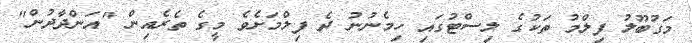
މަގުބޫލު ފިލްމު ތަކުގެ ލިސްޓުގައި ހިމެނުނު ދެ ފިލްމަށެވެ މީގެ ތެރެއިން "އަންދާދުން"